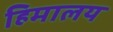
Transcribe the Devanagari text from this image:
हिमालय